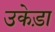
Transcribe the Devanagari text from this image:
उकेड़ा